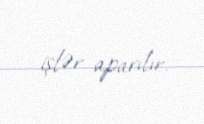
işlər aparılır.